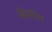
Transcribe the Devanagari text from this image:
बिस्मील